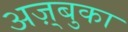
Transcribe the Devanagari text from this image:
अज़्बुका